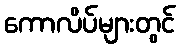
ကောလိပ်များတွင်